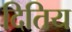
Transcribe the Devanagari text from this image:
दितिय